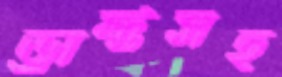
ড্রাফ্টসহ